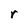
Character: r